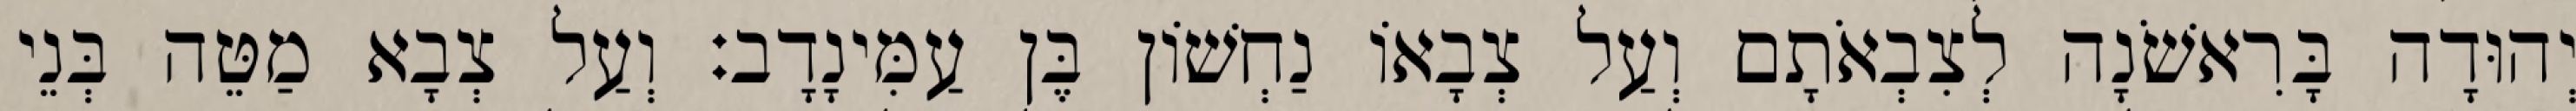
יְהוּדָה בָּרִאשֹׁנָה לְצִבְאֹתָם וְעַל צְבָאוֹ נַחְשׁוֹן בֶּן עַמִּינָדָב׃ וְעַל צְבָא מַטֵּה בְּנֵי